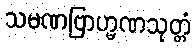
သမဏဗြာဟ္မဏသုတ္တံ